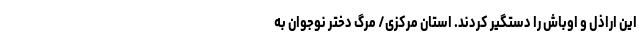
این اراذل و اوباش را دستگیر کردند. استان مرکزی/ مرگ دختر نوجوان به